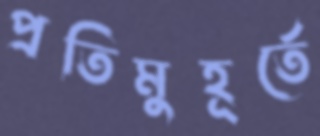
প্রতিমুহূর্তে